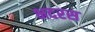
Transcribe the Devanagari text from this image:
भदरस